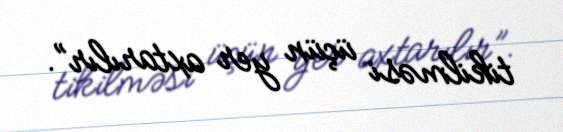
tikilməsi üçün yer axtarılır”.